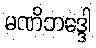
မဏိဘဒ္ဒေါ